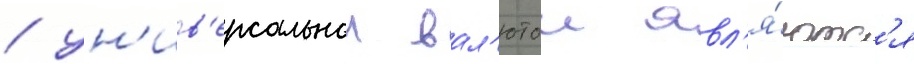
/ ун'ив'ерсальнои вал'ютои явл'я́ютс'я